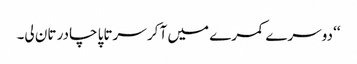
‘‘ دوسرے کمرے میں آ کر سرتاپا چادر تان لی۔